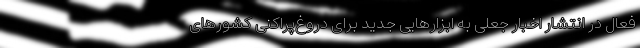
فعال در انتشار اخبار جعلی به ابزارهایی جدید برای دروغ‌پراکنی کشورهای